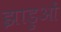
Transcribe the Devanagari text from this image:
झाड़ुओं